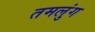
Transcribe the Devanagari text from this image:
तमलुंग